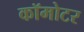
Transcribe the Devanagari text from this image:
कॉमोटर